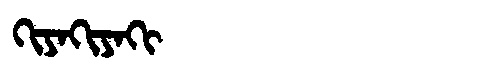
Manchu: ᡴᡳᠶᠠᡴᡳᠶᠠᡴᡳ
Romanization: KIYAKIYAKI